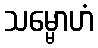
သမ္မောဟံ